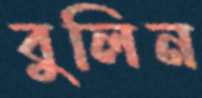
বুলিন